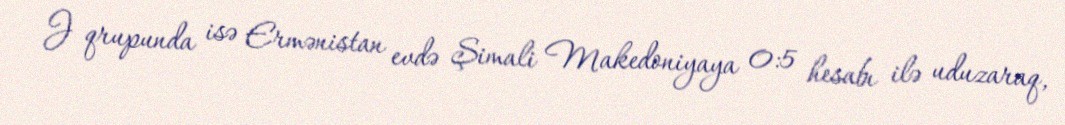
J qrupunda isə Ermənistan evdə Şimali Makedoniyaya 0:5 hesabı ilə uduzaraq,